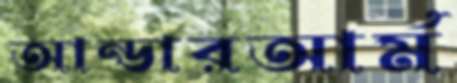
আন্ডারআর্ম